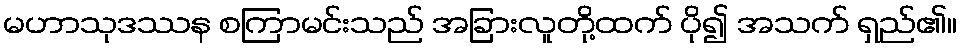
မဟာသုဒဿန စကြာမင်းသည် အခြားလူတို့ထက် ပို၍ အသက် ရှည်၏။